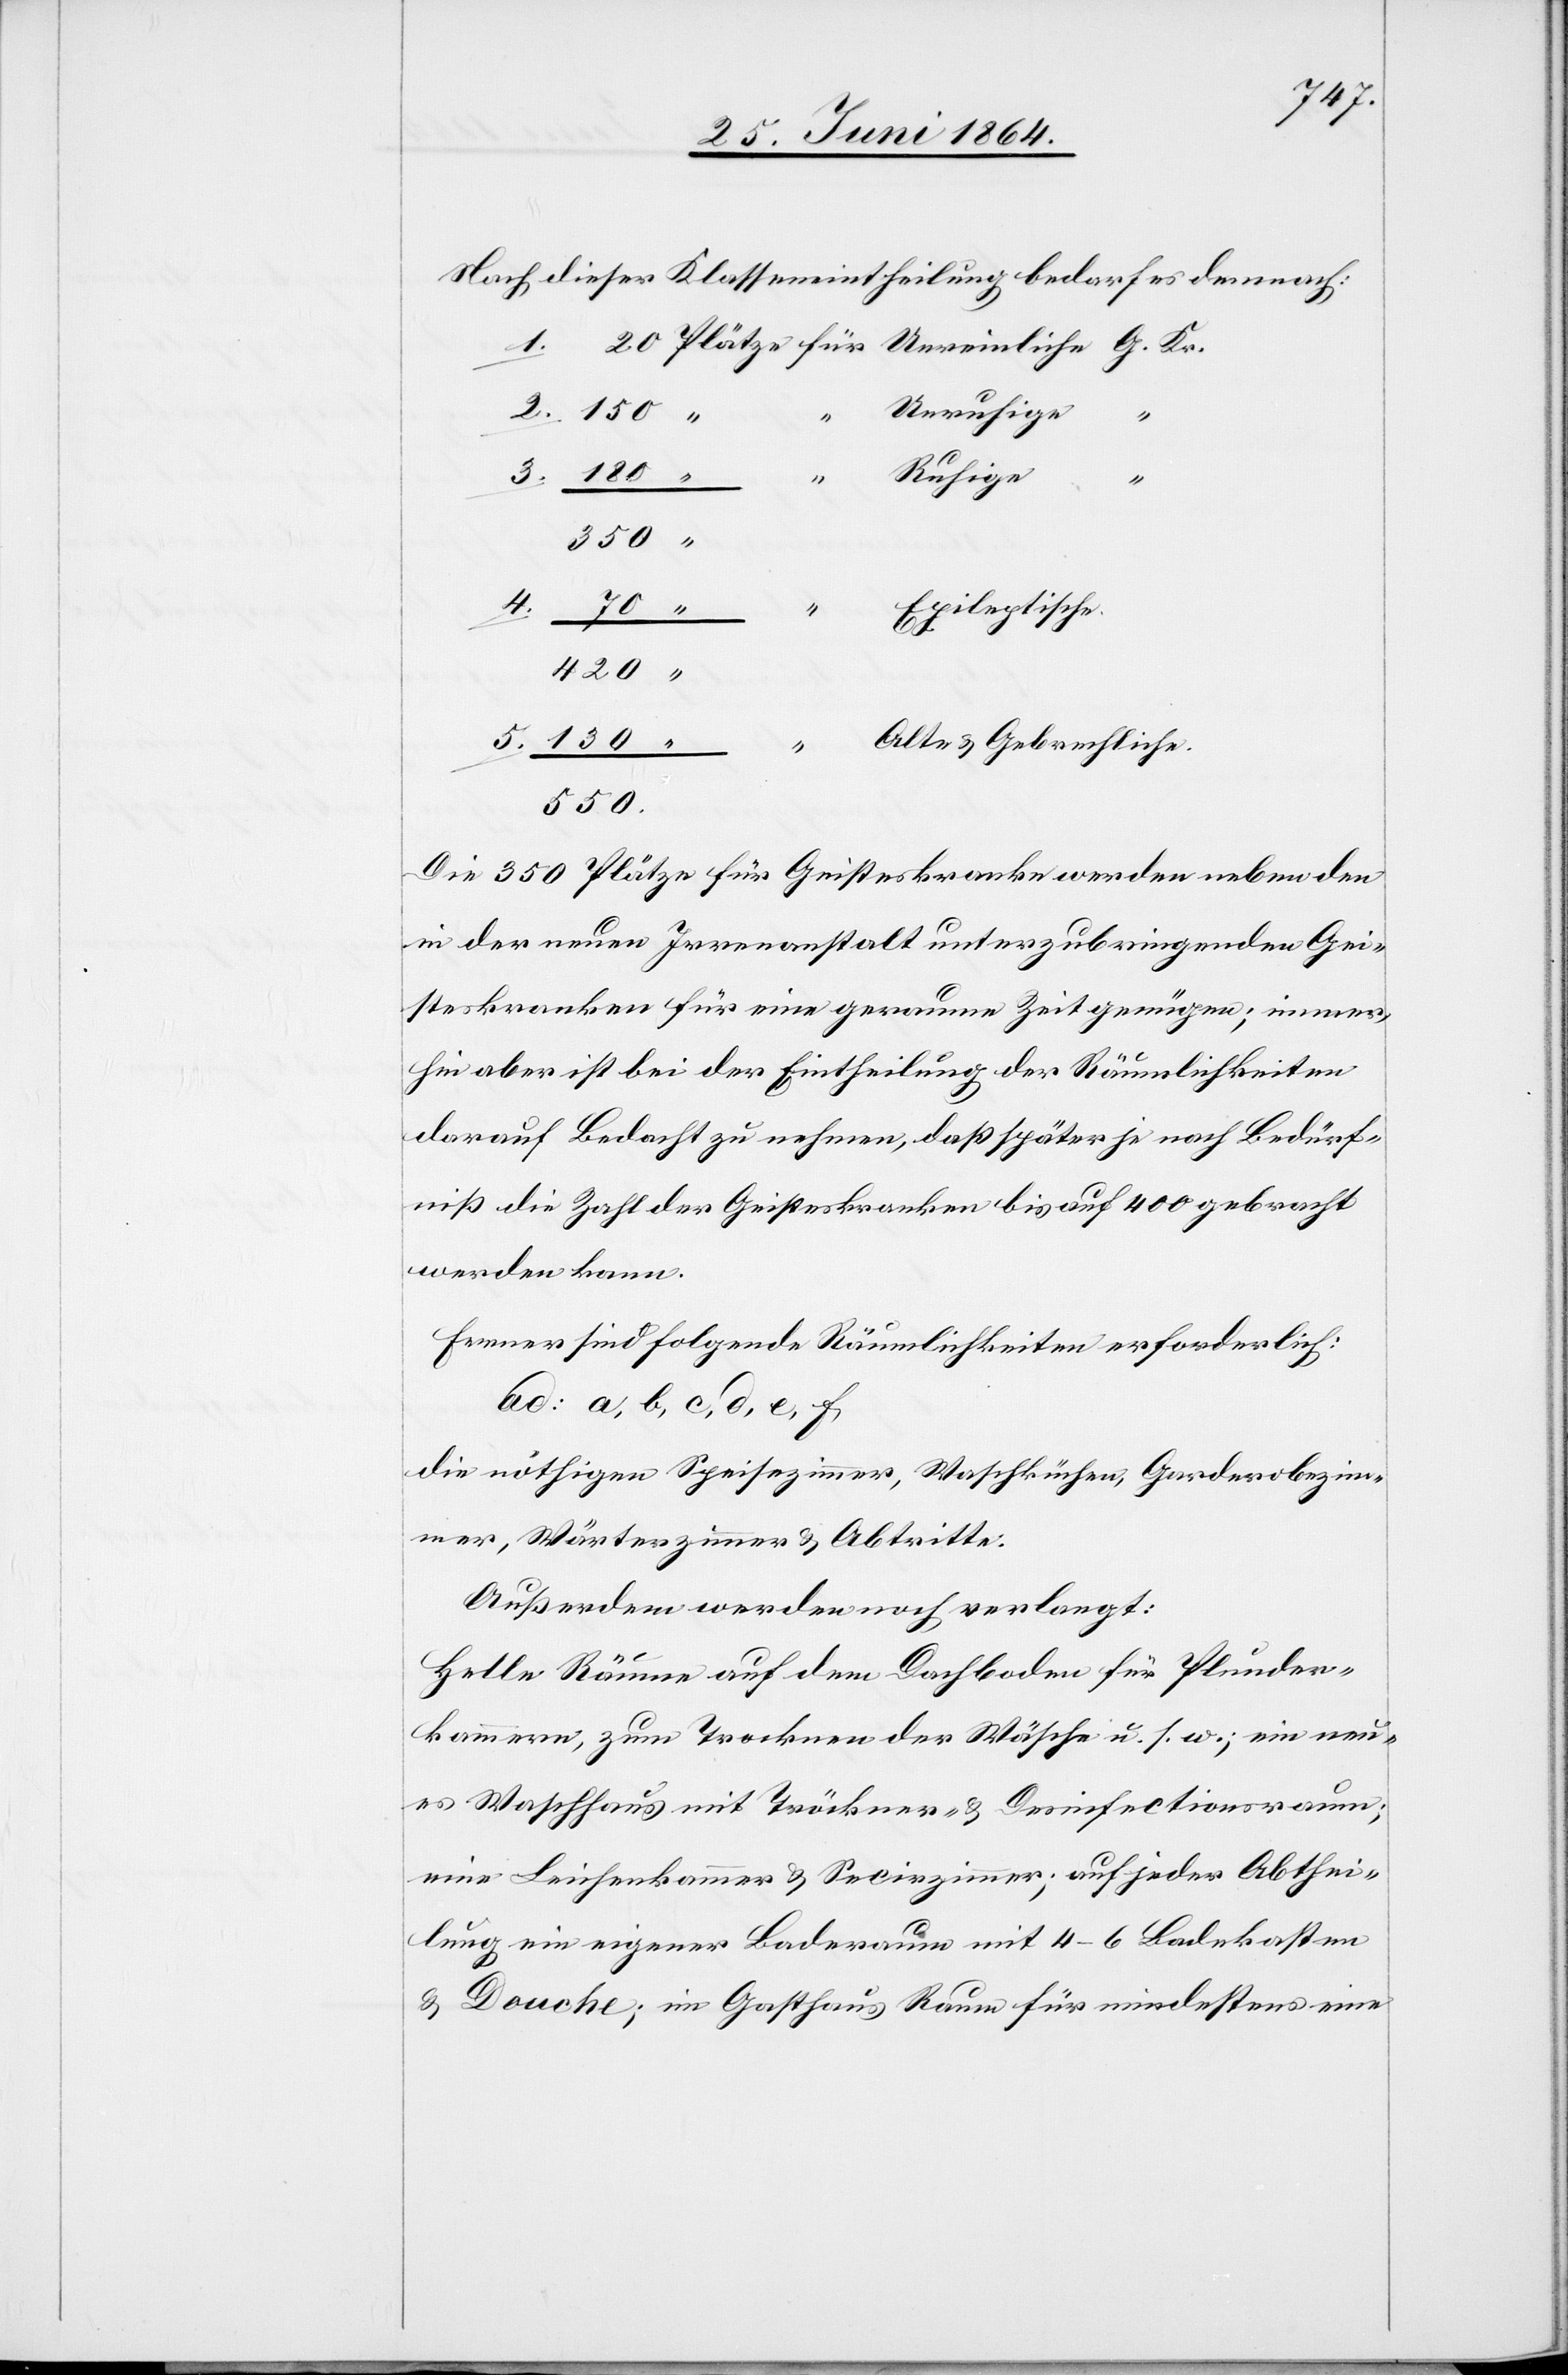
Nach dieser Klasseneintheilung bedarf es demnach:
1. 20 Plätze für	Unreinliche G. Kr.
2. 150	“
Unruhige
kammern,
“	Epileptische
5. 130	“ “	Alte u. Gebrechliche.
550.
Die 350 Plätze für Geisteskranke werden neben den
in der neuen Irrenanstalt unterzubringenden Gei¬
steskranken für eine geraume Zeit genügen; immer¬
hin aber ist bei der Eintheilung der Räumlichkeiten
darauf Bedacht zu nehmen, daß später je nach Bedürf¬
niß die Zahl der Geisteskranken bis auf 400 gebracht
werden kann.
Ferner sind folgende Räumlichkeiten erforderlich:
ad: a, b, c, d, e, f
die nöthigen Speisezimmer, Waschküchen, Garderobezim¬
mer, Wärterzimmer u. Abtritte.
Außerdem werden noch verlangt:
Helle Räume auf dem Dachboden für Plunder¬
eine Leichenkammer u. Secirzimmer; auf jeder Abthei¬
lung ein eigener Baderaum mit 4–6 Badekasten
u. Douche; im Gasthaus Raum für mindestens eine